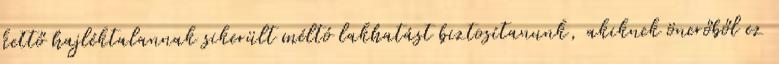
kettő hajléktalannak sikerült méltó lakhatást biztosítanunk, akiknek önerőből ez